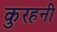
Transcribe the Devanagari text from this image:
कुरहनी